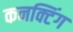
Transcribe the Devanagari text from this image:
कनक्टिंग